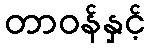
တာဝန်နှင့်